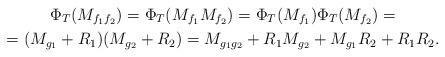
LaTeX: \begin{gather*}\Phi_T(M_{f_1f_2})= \Phi_T(M_{f_1}M_{f_2})= \Phi_T(M_{f_1})\Phi_T(M_{f_2})= \\ = (M_{g_1}+R_1)(M_{g_2}+R_2)= M_{g_1g_2}+R_1M_{g_2}+M_{g_1}R_2+R_1R_2.\end{gather*}